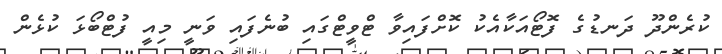
ކުރެންދޫ ދަނޑުގެ ފޮޓޯއަކާއެކު ކޮށްފައިވާ ޓްވީޓްގައި ބުނެފައި ވަނީ މިއީ ފުޓްބޯޅަ ކުޅެން